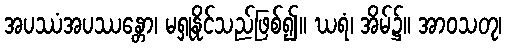
အပဿံအပဿန္တော၊ မရှုနိုင်သည်ဖြစ်၍။ ဃရံ၊ အိမ်၌။ အာဝသတု၊